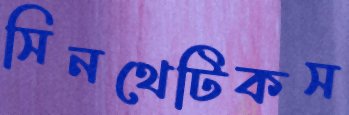
সিনথেটিকস